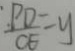
\frac { P D } { C E } = y